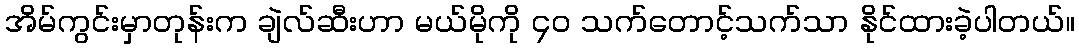
အိမ်ကွင်းမှာတုန်းက ချဲလ်ဆီးဟာ မယ်မိုကို ၄၀ သက်တောင့်သက်သာ နိုင်ထားခဲ့ပါတယ်။